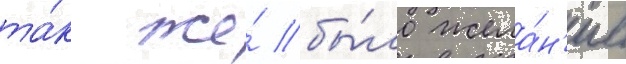
та́к же́ бы́ло жела́н'ие